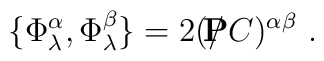
\{  \Phi^{\alpha }_{\lambda }  ,  \Phi ^{\beta }_{\lambda } \}=   2  ( / {\hskip - 0.27 cm  {\bf P}}C)^{\alpha \beta}   \ .